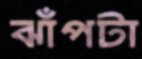
ঝাঁপটা